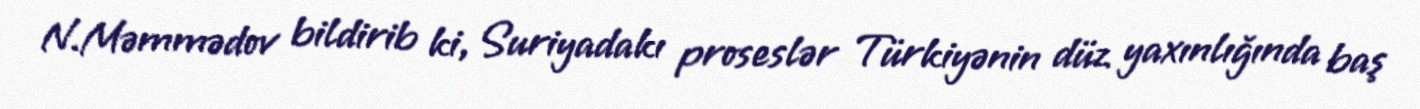
N.Məmmədov bildirib ki, Suriyadakı proseslər Türkiyənin düz yaxınlığında baş